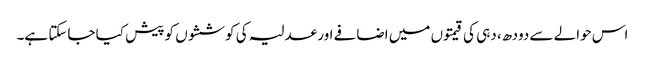
اس حوالے سے دودھ، دہی کی قیمتوں میں اضافے اور عدلیہ کی کوششوں کو پیش کیا جاسکتا ہے۔